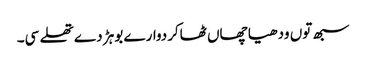
سبھ توں ودھیا چھاں ٹھاکردوارے بوہڑ دے تھلے سی۔